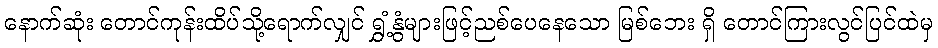
နောက်ဆုံး တောင်ကုန်းထိပ်သို့ရောက်လျှင် ရွှံ့နွံများဖြင့်ညစ်ပေနေသော မြစ်ဘေး ရှိ တောင်ကြားလွင်ပြင်ထဲမှ